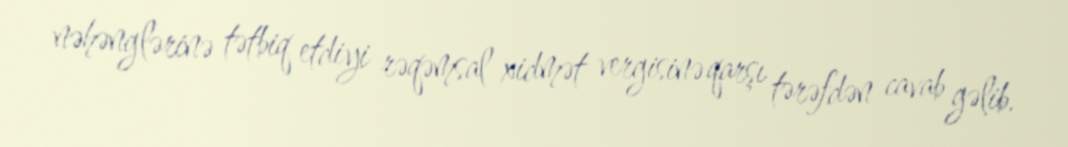
nəhənglərinə tətbiq etdiyi rəqəmsal xidmət vergisinə qarşı tərəfdən cavab gəlib.